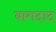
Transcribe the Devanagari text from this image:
बागदाद